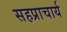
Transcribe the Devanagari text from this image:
सहप्राचार्य